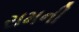
રામની